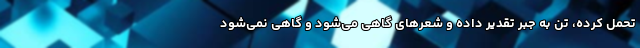
تحمل کرده، تن به جبر تقدیر داده و شعرهای گاهی می‌شود و گاهی نمی‌شود